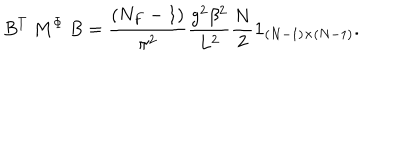
B ^ { T } ~ M ^ { \Phi } ~ B = { \frac { ( N _ { F } - 1 ) } { \pi ^ { 2 } } } { \frac { g ^ { 2 } \beta ^ { 2 } } { L ^ { 2 } } } { \frac { N } { 2 } } { \bf 1 } _ { ( N - 1 ) \times ( N - 1 ) } .